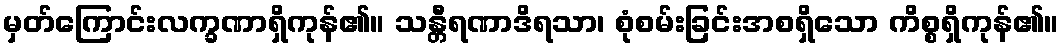
မှတ်ကြောင်းလက္ခဏာရှိကုန်၏။ သန္တီရဏာဒိရသာ၊ စုံစမ်းခြင်းအစရှိသော ကိစ္စရှိကုန်၏။